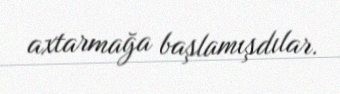
axtarmağa başlamışdılar.